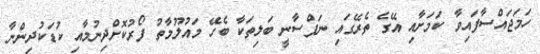
ހަމަޖައްސާފައިވާ ކަމަށާއި އޭގެ ތެރޭގައި ނަފްސާނީ ބަލިތަކާ ބެހޭ މައުލޫމާތު ފޯރުކޮށްދިނުމާއި ކުޑަކުދިންނާ